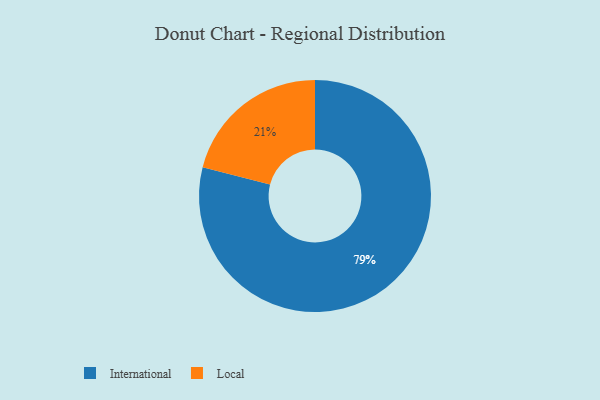
{"axis": {"x": "Category", "y": "Percentage"}, "legend": ["International", "Local"], "data": [{"x": "Local", "y": 21, "type": "Local"}, {"x": "International", "y": 79, "type": "International"}]}